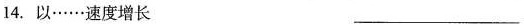
14. 以……速度增长 ___